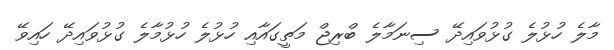
މާލެ ހުޅުލެ ގުޅުވައިދޭ ސިނަމާލެ ބްރިޖް މަތީގައާއި ހުޅުލެ ހުޅުމާލެ ގުޅުވައިދޭ ހައިވޭ